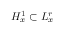
H _ { x } ^ { 1 } \subset L _ { x } ^ { r }